Annual administration report of the Bombay Presidency - 1887-1892
Year: 1887
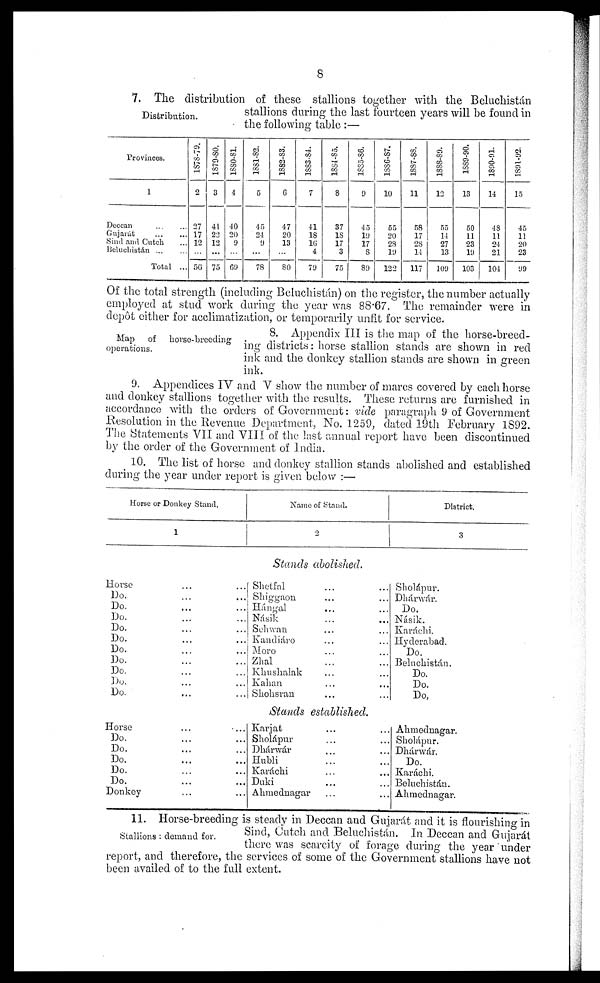
8
Distribution.
7. The distribution of these stallions together with the Beluchistán
stallions during the last fourteen years will be found in
the following table:—
Provinces.
1
Deccan ... ...
Gujarát ... ...
Sind and Cutch ...
Beluchistán ... ...
Total ...
1878-79.
2
27
17
12
...
56
1879-80.
3
41
22
12
...
75
1880-81
4
40
20
9
...
69
1881-82.
5
45
24
9
...
78
1882-83.
6
47
20
13
...
80
1883-84.
7
41
18
16
4
79
1884-85.
8
37
18
17
3
75
1885-86.
9
45
19
17
8
89
1886-87.
10
55
20
28
19
122
1837-88.
11
58
17
28
14
117
1888.89.
12
55
14
27
13
109
1889-90.
13
50
11
23
19
103
1890-91.
14
48
11
24
21
104
1891-92.
15
45
11
20
23
99
Of the total strength (including Beluchistán) on the register, the number actually
employed at stud work during the year was 88.67. The remainder were in
depôt either for acclimatization, or temporarily unfit for service.
Map of horse-breeding
operations.
8. Appendix III is the map of the horse-breed-
ing districts: horse stallion stands are shown in red
ink and the donkey stallion stands are shown in green
ink.
9. Appendices IV and V show the number of mares covered by each horse
and donkey stallions together with the results. These returns are furnished in
accordance with the orders of Government: vide paragraph 9 of Government
Resolution in the Revenue Department, No. 1259, dated 19th February 1S92.
The Statements VII and VIII of the last annual report have been discontinued
by the order of the Government of India.
10. The list of horse and donkey stallion stands abolished and established
during the year under report is given below:—
Horse or Donkey Stand.
1
Name of Stand.
2
District.
3
Stands abolished.
Horse ... ...
Do. ... ...
Do. ... ...
Do. ... ...
Do. ... ...
Do. ... ...
Do. ... ...
Do. ... ...
Do. ... ...
Do. ... ...
Do. ... ...
Shetfal ... ...
Shiggaon ... ...
Hángal ... ...
Násik ... ...
Schwan ... ...
Kandiáro ... ...
Moro ... ...
Zhal ... ...
Khushalak ... ...
Kalian ... ...
Shohsran ... ...
Sholápur.
Dhárwár.
Do.
Násik.
Karáchi.
Hyderabad.
Do.
Beluchistán.
Do.
Do.
Do.
Stands established.
Horse ... ...
Do. ... ...
Do. ... ...
Do. ... ...
Do. ... ...
Do. ... ...
Donkey ... ...
Karjat ... ...
Sholápur ... ...
Dhárwár ... ...
Hubli ... ...
Karáchi ... ...
Duki ... ...
Ahmednagar ... ...
Ahmednagar.
Sholápur.
Dhárwár.
Do.
Karáchi.
Beluchistán.
Ahmednagar.
Stallions: demand for.
11. Horse-breeding is steady in Deccan and Gujarát and it is flourishing in
Sind, Cutch and Beluchistán. In Deccan and Gujarát
there was scarcity of forage during the year under
report, and therefore, the services of some of the Government stallions have not
been availed of to the full extent.